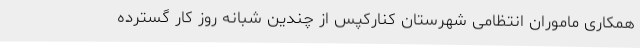
همکاری ماموران انتظامی شهرستان کنارکپس از چندین شبانه روز کار گسترده